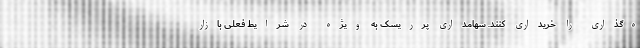
ه‌گذاری را خریداری کنند. سهامداری پرریسک به ویژه در شرایط فعلی بازار